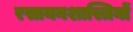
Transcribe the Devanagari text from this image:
रसायनशास्त्रियों